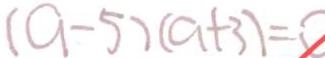
( a - 5 ) ( a + 3 ) = 0